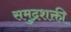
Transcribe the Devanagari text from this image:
समुद्रशक्ती